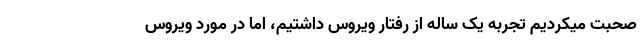
صحبت میکردیم تجربه یک ساله از رفتار ویروس داشتیم، اما در مورد ویروس